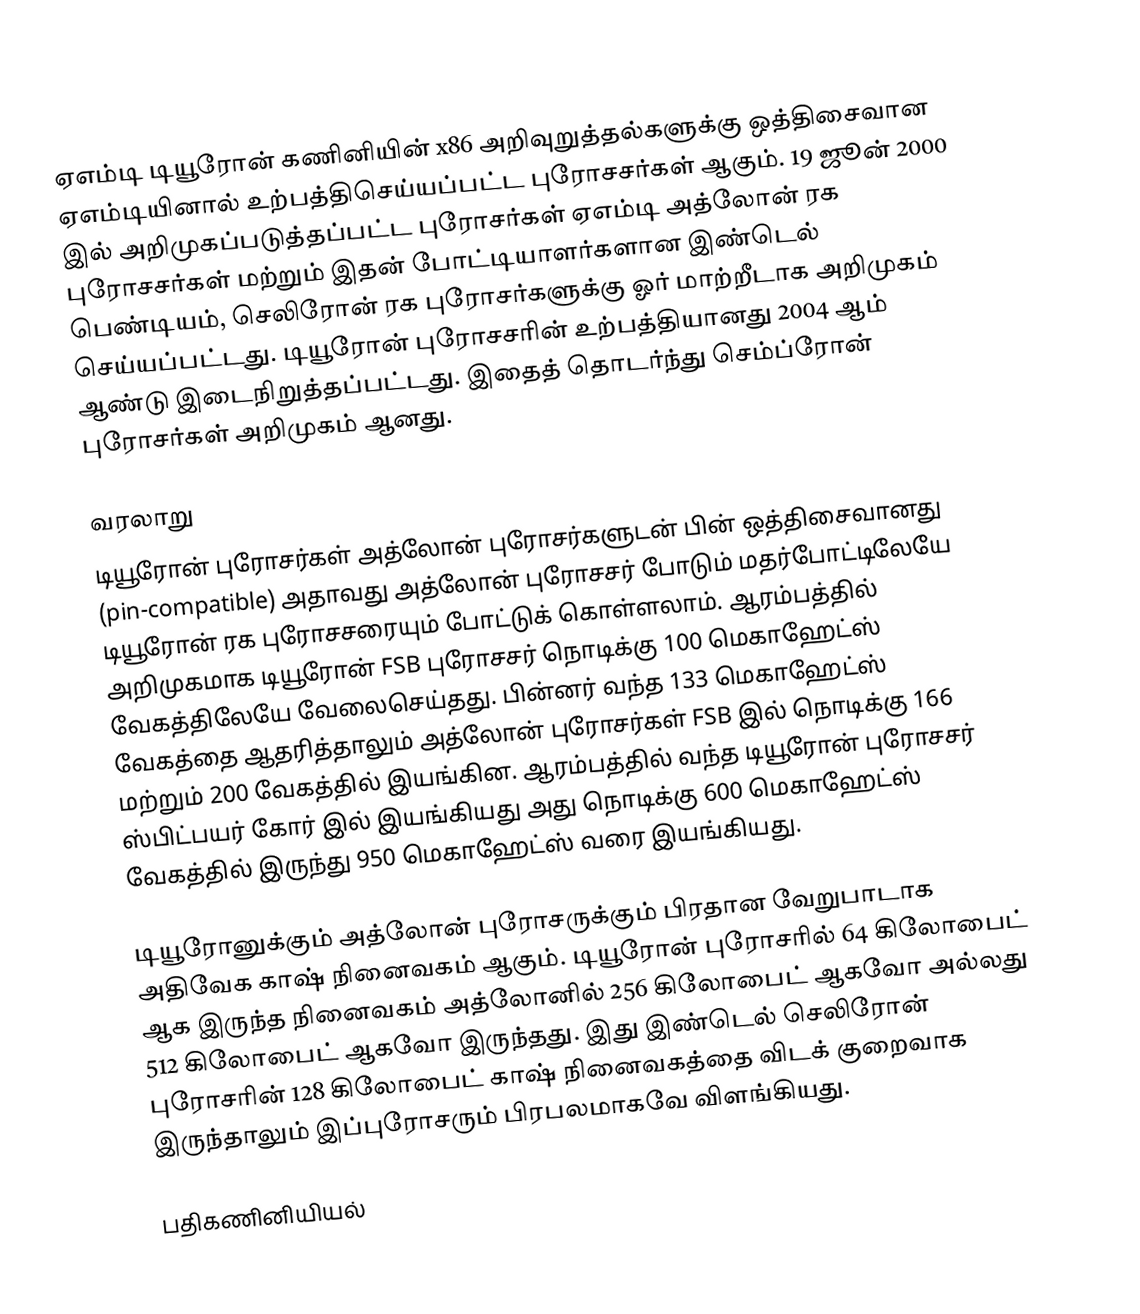
ஏஎம்டி டியூரோன் கணினியின் x86 அறிவுறுத்தல்களுக்கு ஒத்திசைவான ஏஎம்டியினால் உற்பத்திசெய்யப்பட்ட புரோசசர்கள் ஆகும். 19 ஜூன் 2000 இல் அறிமுகப்படுத்தப்பட்ட புரோசர்கள் ஏஎம்டி அத்லோன் ரக புரோசசர்கள் மற்றும் இதன் போட்டியாளர்களான இண்டெல் பெண்டியம், செலிரோன் ரக புரோசர்களுக்கு ஓர் மாற்றீடாக அறிமுகம் செய்யப்பட்டது. டியூரோன் புரோசசரின் உற்பத்தியானது 2004 ஆம் ஆண்டு இடைநிறுத்தப்பட்டது. இதைத் தொடர்ந்து செம்ப்ரோன் புரோசர்கள் அறிமுகம் ஆனது.

வரலாறு
டியூரோன் புரோசர்கள் அத்லோன் புரோசர்களுடன் பின் ஒத்திசைவானது (pin-compatible) அதாவது அத்லோன் புரோசசர் போடும் மதர்போட்டிலேயே டியூரோன் ரக புரோசசரையும் போட்டுக் கொள்ளலாம். ஆரம்பத்தில் அறிமுகமாக டியூரோன் FSB புரோசசர் நொடிக்கு 100 மெகாஹேட்ஸ் வேகத்திலேயே வேலைசெய்தது. பின்னர் வந்த 133 மெகாஹேட்ஸ் வேகத்தை ஆதரித்தாலும் அத்லோன் புரோசர்கள் FSB இல் நொடிக்கு 166 மற்றும் 200 வேகத்தில் இயங்கின. ஆரம்பத்தில் வந்த டியூரோன் புரோசசர் ஸ்பிட்பயர் கோர் இல் இயங்கியது அது நொடிக்கு 600 மெகாஹேட்ஸ் வேகத்தில் இருந்து 950 மெகாஹேட்ஸ் வரை இயங்கியது.

டியூரோனுக்கும் அத்லோன் புரோசருக்கும் பிரதான வேறுபாடாக அதிவேக காஷ் நினைவகம் ஆகும். டியூரோன் புரோசரில் 64 கிலோபைட் ஆக இருந்த நினைவகம் அத்லோனில் 256 கிலோபைட் ஆகவோ அல்லது 512 கிலோபைட் ஆகவோ இருந்தது. இது இண்டெல் செலிரோன் புரோசரின் 128 கிலோபைட் காஷ் நினைவகத்தை விடக் குறைவாக இருந்தாலும் இப்புரோசரும் பிரபலமாகவே விளங்கியது.

பதிகணினியியல்